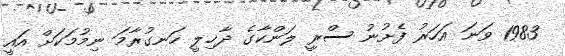
1983 ވަނަ އަހަރު ފެށުނު ސްރީ ލަންކާގެ ދާޚިލީ ހަނގުރާމަ ނިމުމަކަށް އައީ